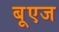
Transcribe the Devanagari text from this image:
बूएज